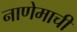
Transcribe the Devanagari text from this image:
नाणेमाची